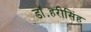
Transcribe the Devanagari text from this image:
डॉ॰हरीसिंह